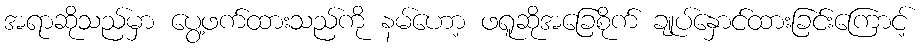
အရာဆိုသည်မှာ ပွေ့ဖက်ထားသည်ကို နမ်ဟော့ ဖရူဆိုအခြေစိုက် ချုပ်နှောင်ထားခြင်းကြောင့်